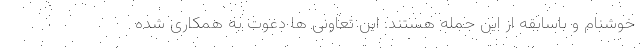
خوشنام و باسابقه از این جمله هستند. این تعاونی ها دعوت به همکاری شده